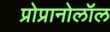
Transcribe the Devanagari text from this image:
प्रोप्रानोलॉल